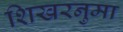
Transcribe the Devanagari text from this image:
शिखरनुमा